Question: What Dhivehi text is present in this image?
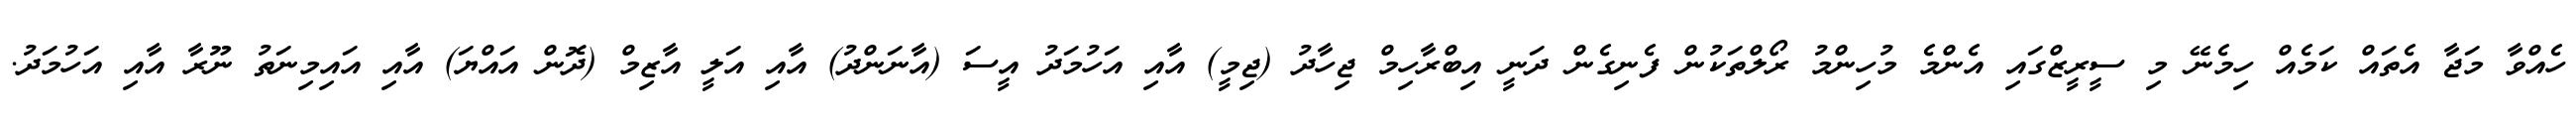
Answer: ހެއްވާ މަޖާ އެތައް ކަމެއް ހިމެނޭ މި ސީރީޒްގައި އެންމެ މުހިންމު ރޯލްތަކުން ފެނިގެން ދަނީ އިބްރާހިމް ޖިހާދު (ޖިމީ) އާއި އަހުމަދު އީސަ (އާނަންދު) އާއި އަލީ އާޒިމް (ދޮން އައްޔަ) އާއި އައިމިނަތު ނޫރާ އާއި އަހުމަދު.